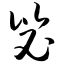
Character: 毖